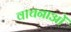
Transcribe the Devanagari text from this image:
वाचनाओं